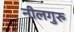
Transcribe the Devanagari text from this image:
नीलगुरु